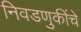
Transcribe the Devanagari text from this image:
निवडणुकींचे